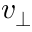
v _ { \perp }